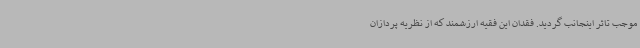
موجب تاثر اینجانب گردید. فقدان این فقیه ارزشمند که از نظریه پردازان